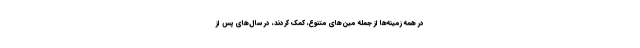
در همه زمینه‌ها از جمله مین‌های متنوع، کمک کردند، در سال‌های پس از